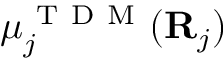
{ \boldsymbol { \mu } } _ { j } ^ { \mathrm { ~ T ~ D ~ M ~ } } ( { \bf { R } } _ { j } )